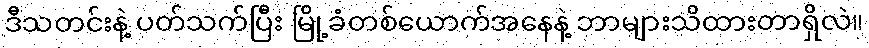
ဒီသတင်းနဲ့ ပတ်သက်ပြီး မြို့ခံတစ်ယောက်အနေနဲ့ ဘာများသိထားတာရှိလဲ။